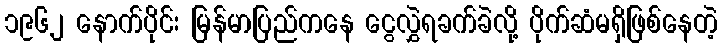
၁၉၆၂ နောက်ပိုင်း မြန်မာပြည်ကနေ ငွေလွှဲရခက်ခဲလို့ ပိုက်ဆံမရှိဖြစ်နေတဲ့